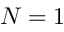
N = 1